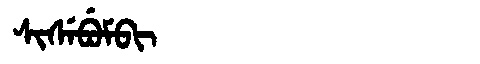
Manchu: ᠰᡳᠰᡝᠪᡠᠮᠪᡳ
Romanization: SISEBUMBI